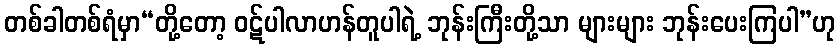
တစ်ခါတစ်ရံမှာ“တို့တော့ ဝဋ်ပါလာဟန်တူပါရဲ့ ဘုန်းကြီးတို့သာ များများ ဘုန်းပေးကြပါ”ဟု